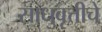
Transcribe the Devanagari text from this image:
साधुवृत्तीचे